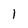
Character: 1